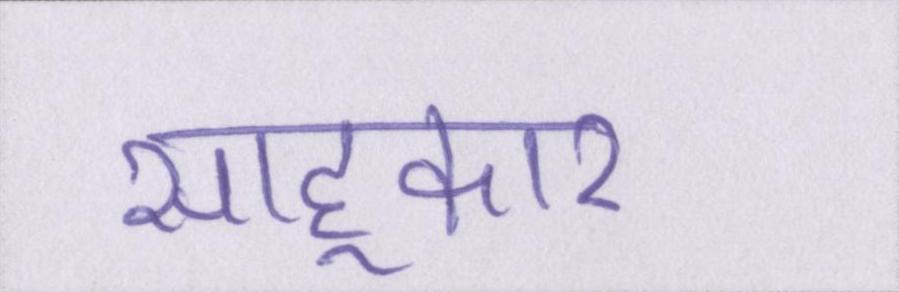
साहूकार